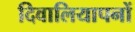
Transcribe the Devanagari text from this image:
दिवालियापनों